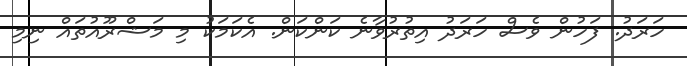
ހަރަދު. ފަހުން ވެސް ހަރަދު އިތުރުވާނެ ކަންކަން. އެކަމަކު މި މަޝްރޫއުތައް ނިމި